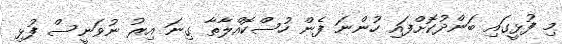
މި ފުޅީގައި ބަންދުކޮށްފައި ހުންނަ ފެން ހުސްކޮއްލާތާ ގިނަ އިރު ނުވަނީސް ފުޅި